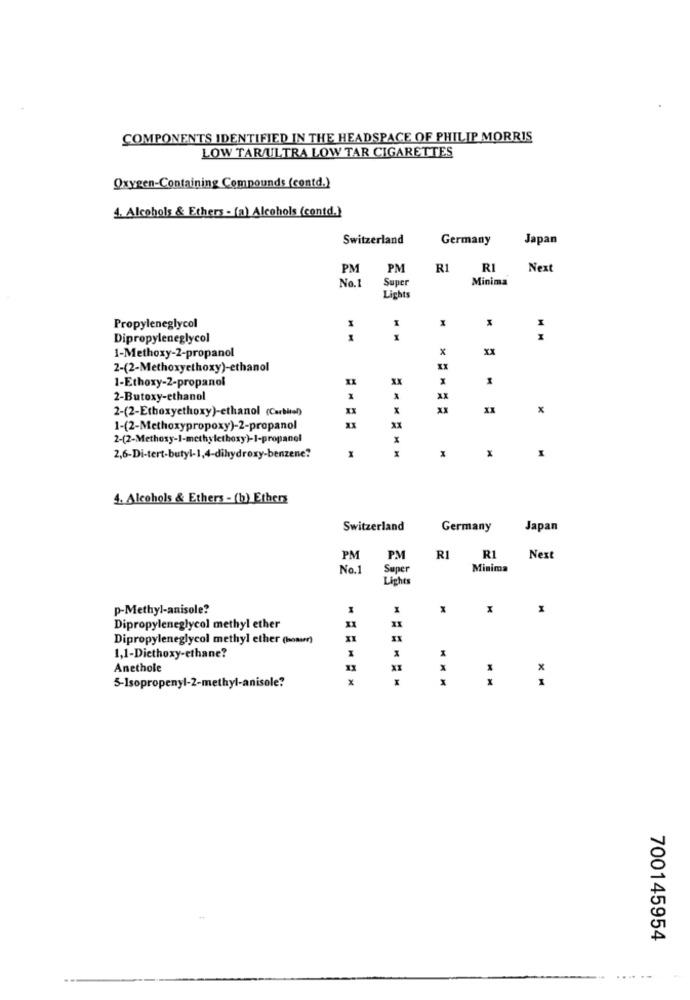
COMPONENTS IDENTIFIED IN THE HEADSPACE OF PHILIP MORRIS
LOW TAR/ULTRA LOW TAR CIGARETTES
Oxygen-Containing Compounds (contd.)
4. Alcohols & Ethers - (a) Alcohols (contd.)
Switzerland
Germany
Japan
PM
PM
R1
RI
Next
No.1
Super
Minima
Lights
1
Propyleneglycol
Dipropyleneglycol
XX
1-Methoxy-2-propanol
2-(2-Methoxyethoxy)-ethanol
1-Ethoxy-2-propanol
XX
M
2-Butoxy-ethanol
2-(2-Ethoxyethoxy)-ethanol (Carbitel)
x
XX
1-(2-Methoxypropoxy)-2-propanol
2-(2-Methoxy-1-methylethoxy)-1-propanol
x
x
2,6-Di-tert-butyl-1,4-dihydroxy-benzene?
4. Alcohols & Ethers - (b) Etherz
Switzerland
Germany
Japan
PM
PM
RI
R1
Next
No.1
Super
Minima
Lights
p-Methyl-anisole?
I
X
x
Dipropyleneglycol methyl ether
Dipropyleneglycol methyl ether (somm)
X
1,1-Diethoxy-ethane?
Anethole
11
X
5-Isopropenyl-2-methyl-anisole?
X
X
700145954
.....